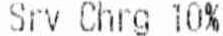
SRV CHRG 10%